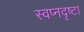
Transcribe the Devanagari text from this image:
स्‍वप्नदृष्‍टा